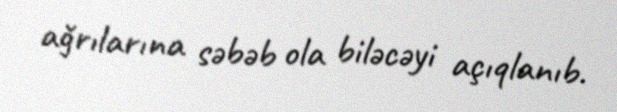
ağrılarına səbəb ola biləcəyi açıqlanıb.